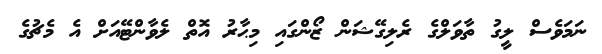
ނަމަވެސް ލީގު ތާވަލްގެ ރެލިގޭޝަން ޒޯންގައި މިޙާރު އޮތް ލެވާންޓޭއަށް އެ މެޗުގެ